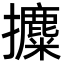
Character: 攗